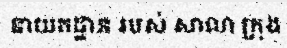
នាយកដ្ឋាន របស់ សាលា ក្រុង